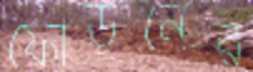
ফোড়নের